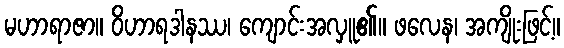
မဟာရာဇာ။ ဝိဟာရဒါနဿ၊ ကျောင်းအလှူ၏။ ဖလေန၊ အကျိုးဖြင့်။